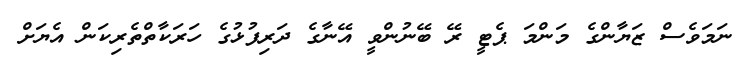
ނަމަވެސް ޒަޔާންގެ މަންމަ ޕެޓީ ރޭ ބޭނުންވީ އޭނާގެ ދަރިފުޅުގެ ހަރަކާތްތެރިކަން އެޔަށް